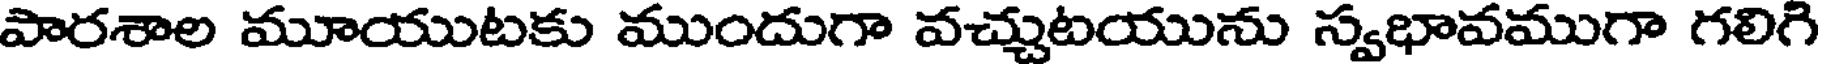
పారశాల మూయుటకు ముందుగా వచ్చుటయును స్వభావముగా గలిగి